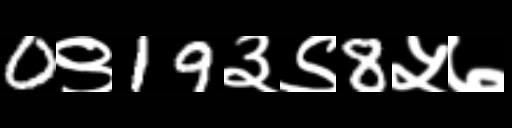
Text: 0९19३९8५७